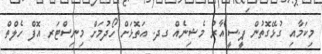
މިކަމާއި ގުޅޭގޮތުން ޕީ.ސީ.އާރު މެޝިނެއް ގދ. އަތޮޅަށް ހޯދުމަށް މިނިސްޓަރ އޮފް ހެލްތް